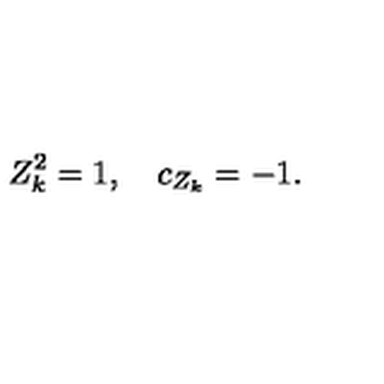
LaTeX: Z _ { k } ^ { 2 } = 1 , \quad c _ { Z _ { k } } = - 1 .